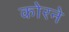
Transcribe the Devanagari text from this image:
कोरने